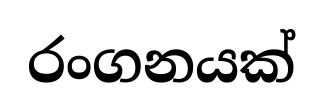
රංගනයක්